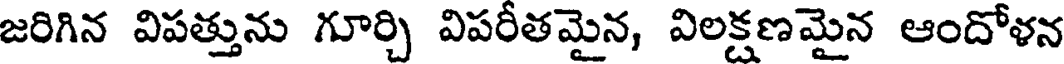
జరిగిన విపత్తును గూర్చి విపరీతమైన, విలక్షణమైన ఆందోళన